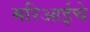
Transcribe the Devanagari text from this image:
मरिआईचे